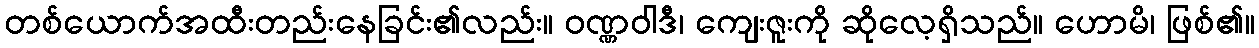
တစ်ယောက်အထီးတည်းနေခြင်း၏လည်း။ ဝဏ္ဏဝါဒီ၊ ကျေးဇူးကို ဆိုလေ့ရှိသည်။ ဟောမိ၊ ဖြစ်၏။